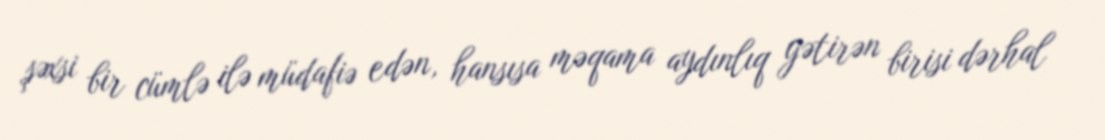
şəxsi bir cümlə ilə müdafiə edən, hansısa məqama aydınlıq gətirən birisi dərhal